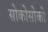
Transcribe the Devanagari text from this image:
सोकोसोको